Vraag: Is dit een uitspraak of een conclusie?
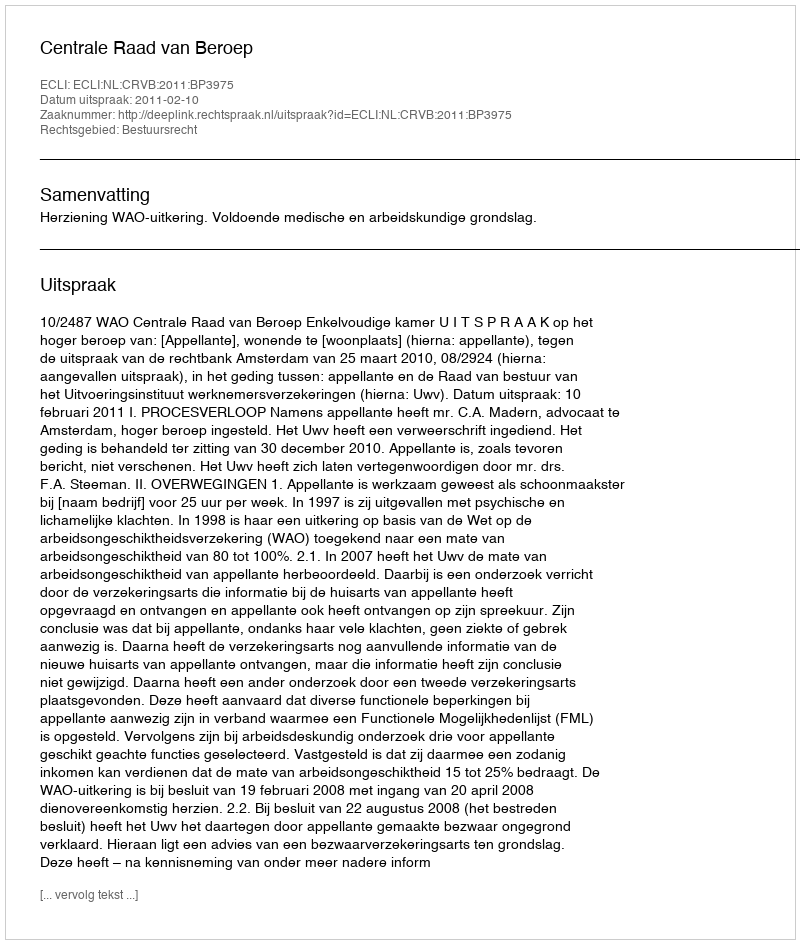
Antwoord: Uitspraak